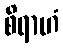
စိရာဟံ